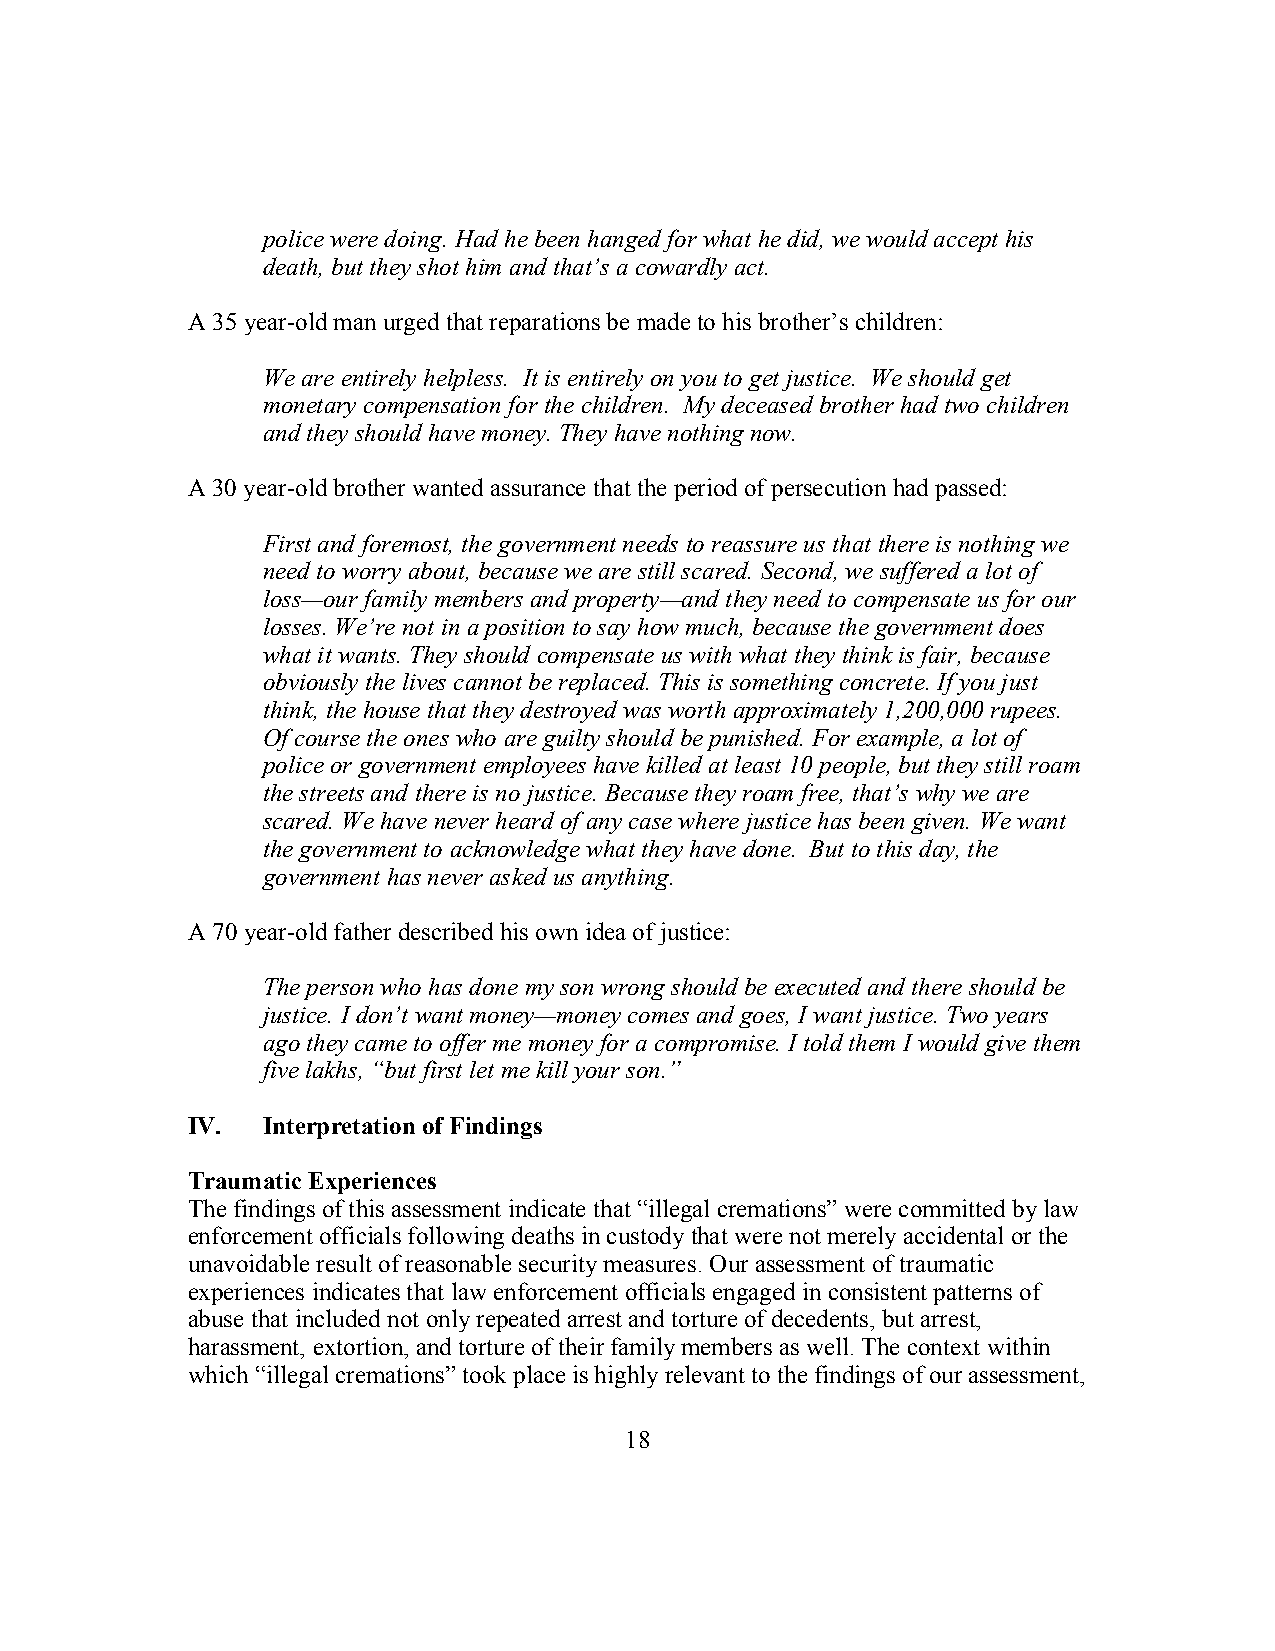
police were doing. Had he been hanged for what he did, we would accept his
 death, but they shot him and that’s a cowardly act.
 A 35 year-old man urged that reparations be made to his brother’s children:
 We are entirely helpless. It is entirely on you to get justice. We should get
 monetary compensation for the children. My deceased brother had two children
 and they should have money. They have nothing now.
 A 30 year-old brother wanted assurance that the period of persecution had passed:
 First and foremost, the government needs to reassure us that there is nothing we
 need to worry about, because we are still scared. Second, we suffered a lot of
 loss—our family members and property—and they need to compensate us for our
 losses. We’re not in a position to say how much, because the government does
 what it wants. They should compensate us with what they think is fair, because
 obviously the lives cannot be replaced. This is something concrete. If you just
 think, the house that they destroyed was worth approximately 1,200,000 rupees.
 Of course the ones who are guilty should be punished. For example, a lot of
 police or government employees have killed at least 10 people, but they still roam
 the streets and there is no justice. Because they roam free, that’s why we are
 scared. We have never heard of any case where justice has been given. We want
 the government to acknowledge what they have done. But to this day, the
 government has never asked us anything.
 A 70 year-old father described his own idea of justice:
 The person who has done my son wrong should be executed and there should be
 justice. I don’t want money—money comes and goes, I want justice. Two years
 ago they came to offer me money for a compromise. I told them I would give them
 five lakhs, “but first let me kill your son.”
 IV.  Interpretation of Findings
 Traumatic Experiences
 The findings of this assessment indicate that “illegal cremations” were committed by law
 enforcement officials following deaths in custody that were not merely accidental or the
 unavoidable result of reasonable security measures. Our assessment of traumatic
 experiences indicates that law enforcement officials engaged in consistent patterns of
 abuse that included not only repeated arrest and torture of decedents, but arrest,
 harassment, extortion, and torture of their family members as well. The context within
 which “illegal cremations” took place is highly relevant to the findings of our assessment,
 18